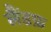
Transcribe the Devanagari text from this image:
लैंडफ़